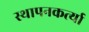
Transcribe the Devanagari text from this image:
स्थापनकर्त्या